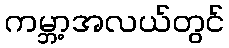
ကမ္ဘာ့အလယ်တွင်